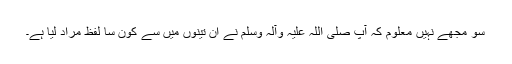
سو مجھے نہیں معلوم کہ آپ صلی اللہ علیہ وآلہ وسلم نے ان تینوں میں سے کون سا لفظ مراد لیا ہے۔